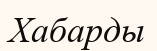
Хабарды